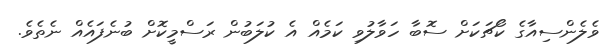
ވެލެންސިއާގެ ކޯޗަކަށް ސޮބާ ހަވާލުވި ކަމެއް އެ ކުލަބުން ރަސްމީކޮށް ބުނެފައެއް ނެތެވެ.